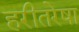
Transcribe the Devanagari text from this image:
हरीतरेषा